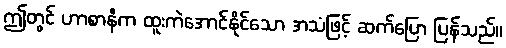
ဤတွင် ဟာစာနီက ထူးကဲအောင်နိုင်သော အသံဖြင့် ဆက်ပြော ပြန်သည်။